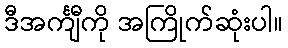
ဒီအင်္ကျီကို အကြိုက်ဆုံးပါ။